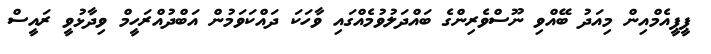
ޕީޕީއެމްއިން މިއަދު ބޭއްވި ނޫސްވެރިންގެ ބައްދަލުވުމެއްގައި ވާހަކަ ދައްކަވަމުން އަބްދުއްރަހީމް ވިދާޅުވީ ރައީސް